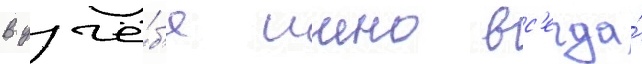
В учё́б'е иино вс'егда́